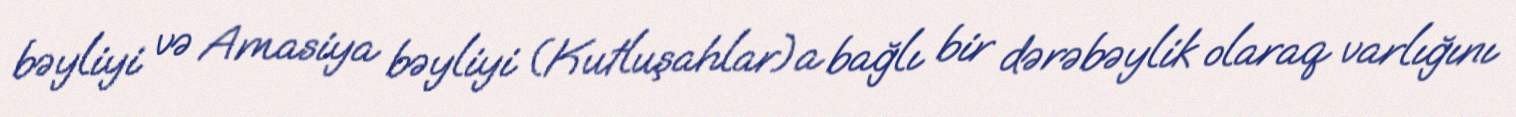
bəyliyi və Amasiya bəyliyi (Kutluşahlar)a bağlı bir dərəbəylik olaraq varlığını